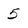
Character: 5